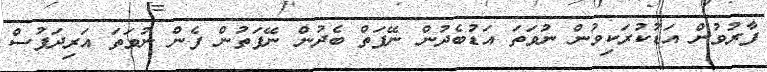
ފާރުވުން އަޑުކުރަކިވުން ނުވަތަ އަޑުބެދުން ނޭފަތް ބެދުން ނޭފަތުން ފެން ނުވަތަ އަރިދަފުސް